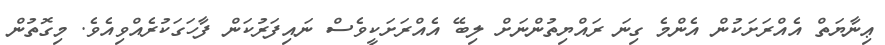
ޢިނާޔަތް އެއްރަށަކުން އެންމެ ގިނަ ރައްޔިތުންނަށް ލިބޭ އެއްރަށަކީވެސް ނައިފަރުކަން ފާހަގަކުރެއްވިއެވެ. މިގޮތުން